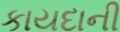
કાયદાની